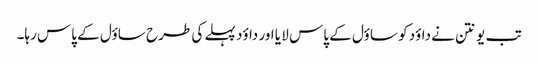
تب یونتن نے داؤد کو ساؤل کے پاس لا یا اور داؤد پہلے کی طرح ساؤل کے پاس رہا۔